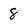
Character: 8